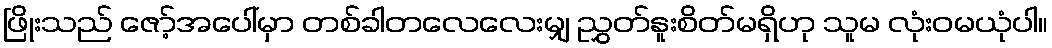
ဖြိုးသည် ဇော့်အပေါ်မှာ တစ်ခါတလေလေးမျှ ညွှတ်နူးစိတ်မရှိဟု သူမ လုံးဝမယုံပါ။